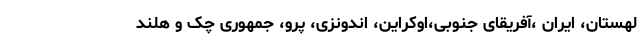
لهستان، ایران ،آفریقای جنوبی،اوکراین، اندونزی، پرو، جمهوری چک و هلند